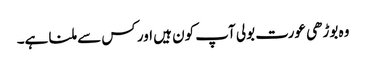
وہ بوڑھی عورت بولی آپ کون ہیں اور کس سے ملنا ہے۔